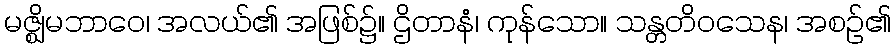
မဇ္ဈိမဘာဝေ၊ အလယ်၏ အဖြစ်၌။ ဌိတာနံ၊ ကုန်သော။ သန္တတိဝသေန၊ အစဉ်၏